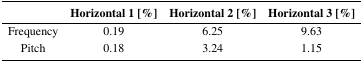
<table><thead><tr><td></td><td><b>Horizontal 1 [%]</b></td><td><b>Horizontal 2 [%]</b></td><td><b>Horizontal 3 [%]</b></td></tr></thead><tbody><tr><td>Frequency</td><td>0.19</td><td>6.25</td><td>9.63</td></tr><tr><td>Pitch</td><td>0.18</td><td>3.24</td><td>1.15</td></tr></tbody></table>